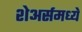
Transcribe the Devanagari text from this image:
शेअर्समध्ये